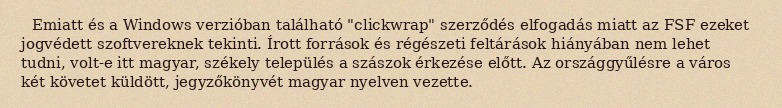
Emiatt és a Windows verzióban található "clickwrap" szerződés elfogadás miatt az FSF ezeket jogvédett szoftvereknek tekinti. Írott források és régészeti feltárások hiányában nem lehet tudni, volt-e itt magyar, székely település a szászok érkezése előtt. Az országgyűlésre a város két követet küldött, jegyzőkönyvét magyar nyelven vezette.